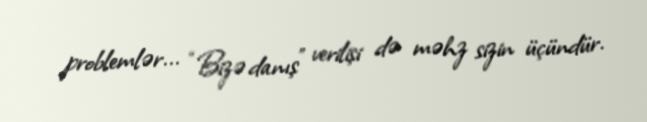
problemlər... “Bizə danış” verilişi də məhz sizin üçündür.